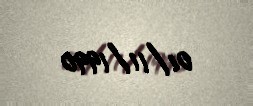
01/11/1990